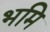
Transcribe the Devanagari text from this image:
भमि